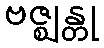
ဗဇ္ဈန္တု